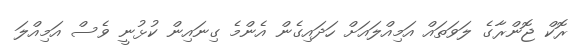
ރޮކް ޖޮންރާގެ ލަވަތައް އަމިއްލައަށް ހަދައިގެން އެންމެ ގިނައިން ކުޅުނީ ވެސް އަމިއްލަ